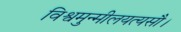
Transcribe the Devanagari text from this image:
विश्वमुन्मीलयत्यसौ।